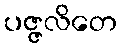
ပဇ္ဇလိတေ